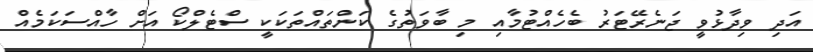
އަދި ވިދާޅުވީ ޖަނެރޭޓަރު ބެހެއްޓުމާއި މި ބާވަތުގެ ކަންތައްތަކަކީ ސްޓެލްކޯ އަށް ހާއްސަކަމެއް